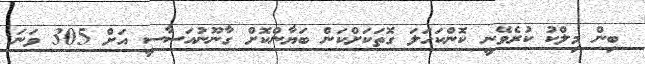
ބިން މިލްކު ކުރެވޭނީ ކޮންކަހަލަ ގޮތަކަށްކަން ބަޔާންކޮށް ގާނޫނުއަސާސީ އަށް 305 ވަނަ